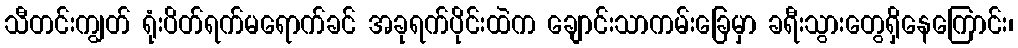
သီတင်းကျွတ် ရုံးပိတ်ရက်မရောက်ခင် အခုရက်ပိုင်းထဲက ချောင်းသာကမ်းခြေမှာ ခရီးသွားတွေရှိနေကြောင်း၊